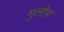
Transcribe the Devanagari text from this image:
मुलोफ़